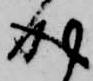
成